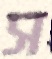
স